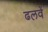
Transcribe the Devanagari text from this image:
ढलवें